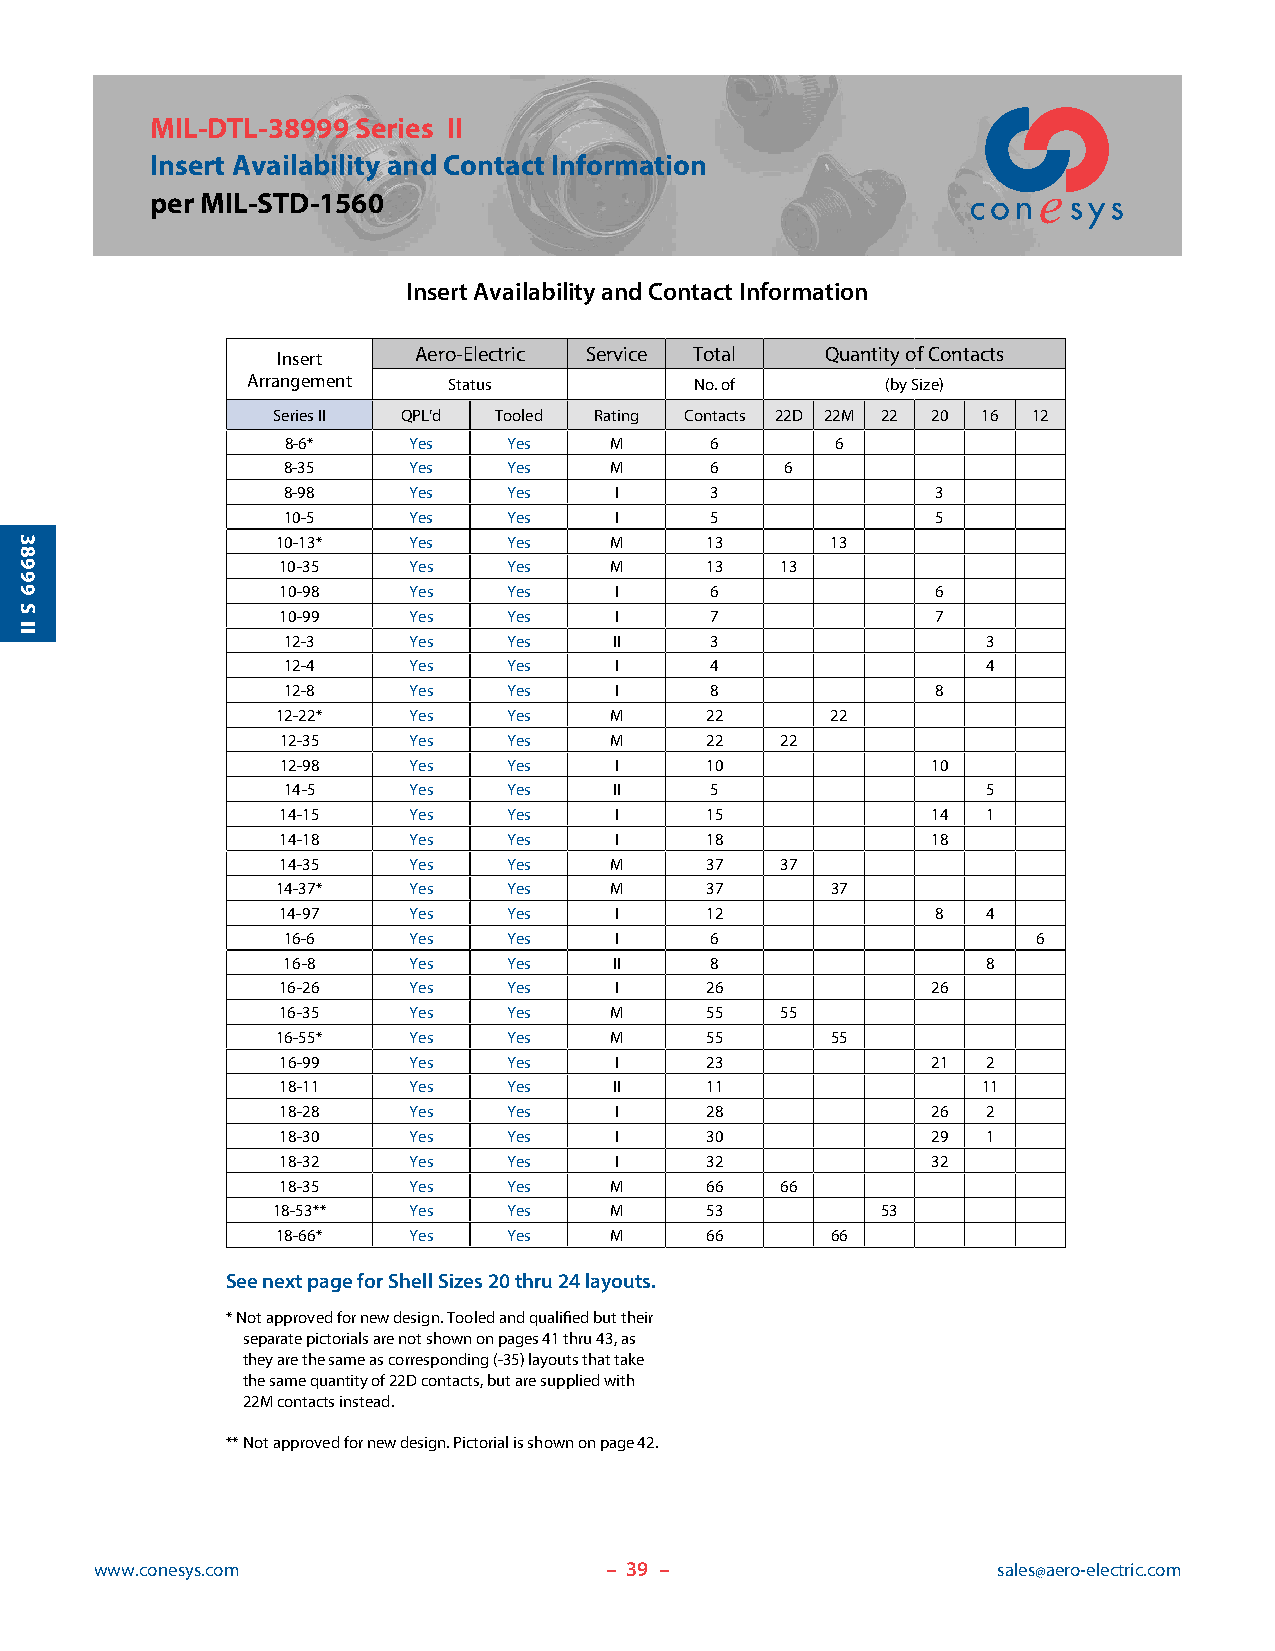
MIL-DTL-38999 Series II
 Insert Availability and Contact Information
 per MIL-STD-1560
 Insert Availability and Contact Information
 Insert   Aero-Electric Service Total Quantity of Contacts
 Arrangement   Status          No. of       (by Size)
 Series II QPL’d Tooled Rating Contacts 22D 22M 22 20 16 12
 8-6*    Yes    Yes   M      6       6
 8-35    Yes    Yes   M      6    6
 8-98    Yes    Yes    I     3              3
 10-5    Yes    Yes    I     5              5
 10-13*   Yes    Yes   M      13      13
 10-35    Yes    Yes   M      13   13
 10-98    Yes    Yes    I     6              6
 10-99    Yes    Yes    I     7              7
 12-3    Yes    Yes    II    3                 3
 12-4    Yes    Yes    I     4                 4
 12-8    Yes    Yes    I     8              8
 12-22*   Yes    Yes   M      22      22
 12-35   Yes    Yes   M      22   22
 12-98   Yes    Yes    I     10             10
 14-5    Yes    Yes    II    5                 5
 14-15    Yes    Yes    I     15             14 1
 14-18    Yes    Yes    I     18             18
 14-35    Yes    Yes   M      37   37
 14-37*   Yes    Yes   M      37      37
 14-97    Yes    Yes    I     12             8  4
 16-6    Yes    Yes    I     6                     6
 16-8    Yes    Yes    II    8                 8
 16-26    Yes    Yes    I     26             26
 16-35    Yes    Yes   M      55   55
 16-55*   Yes    Yes   M      55      55
 16-99   Yes    Yes    I     23             21 2
 18-11   Yes    Yes    II    11                11
 18-28   Yes    Yes    I     28             26 2
 18-30   Yes    Yes    I     30             29 1
 18-32   Yes    Yes    I     32             32
 18-35   Yes    Yes   M      66   66
 18-53**  Yes    Yes   M      53         53
 18-66*   Yes    Yes   M      66      66
 See next page for Shell Sizes 20 thru 24 layouts.
 * Not approved for new design. Tooled and qualified but their
 separate pictorials are not shown on pages 41 thru 43, as
 they are the same as corresponding (-35) layouts that take
 the same quantity of 22D contacts, but are supplied with
 22M contacts instead.
 ** Not approved for new design. Pictorial is shown on page 42.
 www.conesys.com                   – 3 9 –                   sales@aero-electric.com
 38999
 S
 II